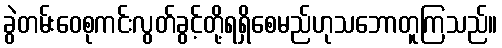
ခွဲတမ်းဝေစုကင်းလွတ်ခွင့်တို့ရရှိစေမည်ဟုသဘောတူကြသည်။